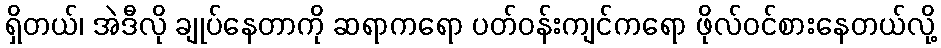
ရှိတယ်၊ အဲဒီလို ချုပ်နေတာကို ဆရာကရော ပတ်ဝန်းကျင်ကရော ဖိုလ်ဝင်စားနေတယ်လို့